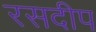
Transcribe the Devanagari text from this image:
रसदीप